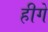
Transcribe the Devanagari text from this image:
हीगे